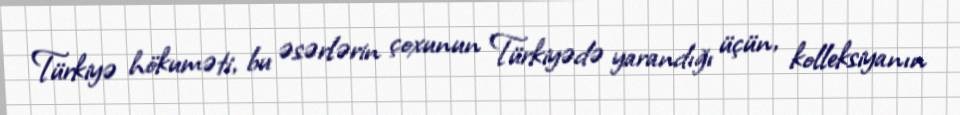
Türkiyə hökuməti, bu əsərlərin çoxunun Türkiyədə yarandığı üçün, kolleksiyanın